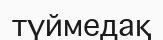
түймедақ